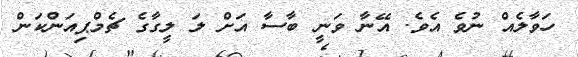
ހަވާލެއް ނުވެ އެވެ. އޭނާ ވަނީ ބާސާ އަށް ލަ ލީގާގެ ޗެމްޕިއަންކަން